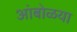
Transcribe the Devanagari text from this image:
आंबोळया